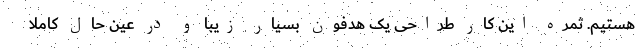
هستیم. ثمره این کار طراحی یک هدفون بسیار زیبا و در عین حال کاملاً